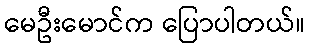
မေဦးမောင်က ပြောပါတယ်။